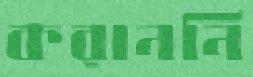
করাননি